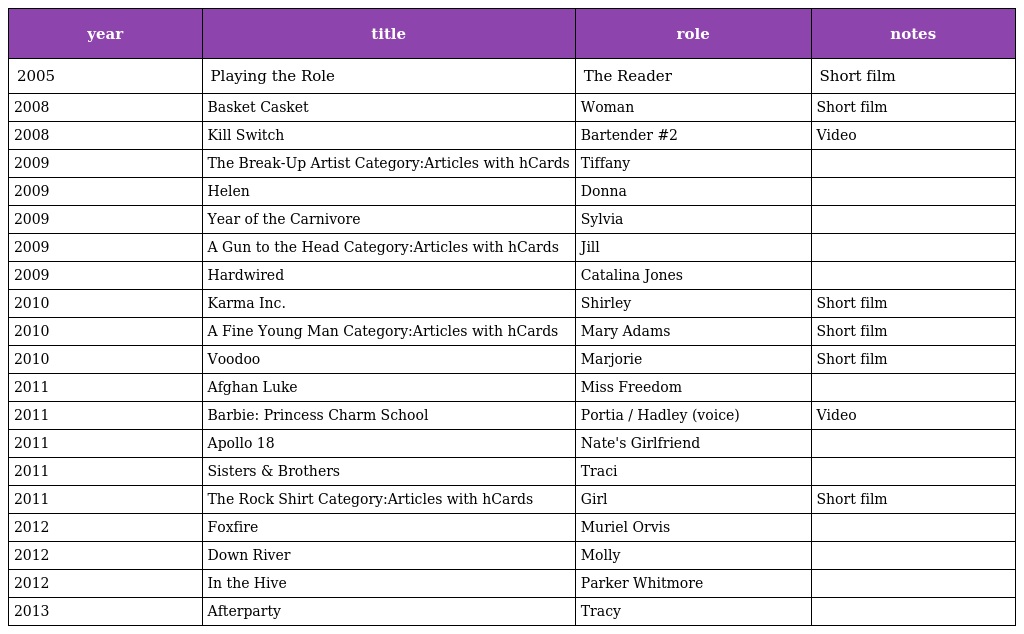
| year | title | role | notes |
 | --- | --- | --- | --- |
 | 2005 | Playing the Role | The Reader | Short film |
 | 2008 | Basket Casket | Woman | Short film |
 | 2008 | Kill Switch | Bartender #2 | Video |
 | 2009 | The Break-Up Artist Category:Articles with hCards | Tiffany |  |
 | 2009 | Helen | Donna |  |
 | 2009 | Year of the Carnivore | Sylvia |  |
 | 2009 | A Gun to the Head Category:Articles with hCards | Jill |  |
 | 2009 | Hardwired | Catalina Jones |  |
 | 2010 | Karma Inc. | Shirley | Short film |
 | 2010 | A Fine Young Man Category:Articles with hCards | Mary Adams | Short film |
 | 2010 | Voodoo | Marjorie | Short film |
 | 2011 | Afghan Luke | Miss Freedom |  |
 | 2011 | Barbie: Princess Charm School | Portia / Hadley (voice) | Video |
 | 2011 | Apollo 18 | Nate's Girlfriend |  |
 | 2011 | Sisters & Brothers | Traci |  |
 | 2011 | The Rock Shirt Category:Articles with hCards | Girl | Short film |
 | 2012 | Foxfire | Muriel Orvis |  |
 | 2012 | Down River | Molly |  |
 | 2012 | In the Hive | Parker Whitmore |  |
 | 2013 | Afterparty | Tracy |  |